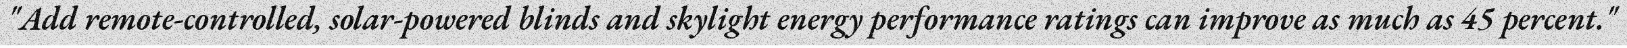
"Add remote-controlled, solar-powered blinds and skylight energy performance ratings can improve as much as 45 percent."